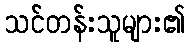
သင်တန်းသူများ၏